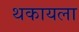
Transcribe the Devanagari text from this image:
थकायला